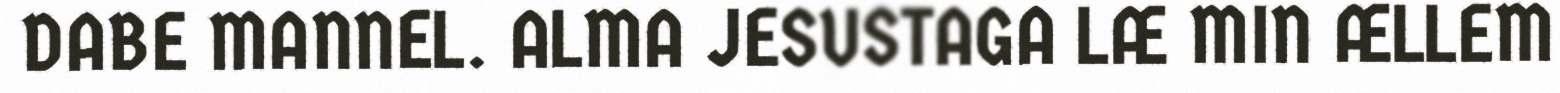
DABE MANNEL. ALMA JESUSTAGA LÆ MIN ÆLLEM